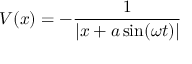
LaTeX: V ( x ) = - { \frac { 1 } { \left| x + a \sin ( \omega t ) \right| } }